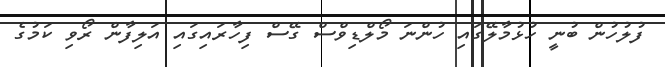
ފުލުހުން ބުނީ ހުޅުމާލޭގައި ހުންނަ މޯލްޑިވްސް ގޭސް ފިހާރައިގައި އަލިފާން ރޯވި ކަމުގެ